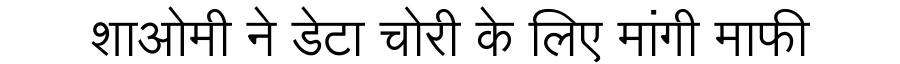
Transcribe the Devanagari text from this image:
शाओमी ने डेटा चोरी के लिए मांगी माफी